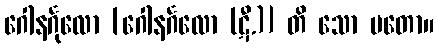
ဂေါနင်္ဂုလော [ဂေါနင်္ဂလော (ဋီ.)] တိ သော မတော။